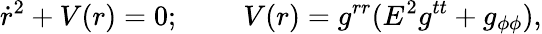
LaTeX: \dot{r}^{2}+V(r)=0;\; \; \; \; \; \; \; \; V(r)=g^{rr}(E^{2}g^{tt}+g_{\phi\phi}),